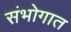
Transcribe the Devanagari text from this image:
संभोगात